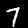
Digit: 7